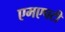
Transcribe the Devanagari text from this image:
एमएचटी